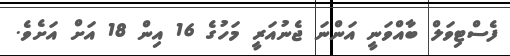
ފެސްޓިވަލް ބާއްވަނީ އަންނަ ޖެނުއަރީ މަހުގެ 16 އިން 18 އަށް އަށެވެ.